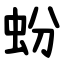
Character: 蚡